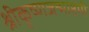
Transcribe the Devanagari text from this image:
श्रीकृष्णजन्माष्टमी